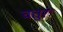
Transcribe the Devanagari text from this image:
चतुरः